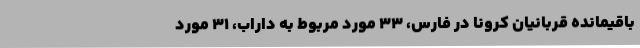
باقیمانده قربانیان کرونا در فارس، 33 مورد مربوط به داراب، 31 مورد